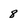
Character: 8